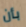
بأن